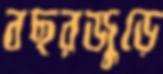
বছরজুড়ে